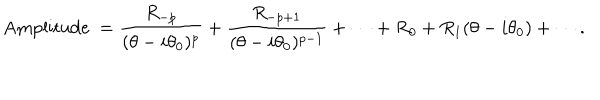
\mathrm { A m p l i t u d e ~ } = \frac { R _ { - p } } { ( \theta - i \theta _ { 0 } ) ^ { p } } + \frac { R _ { - p + 1 } } { ( \theta - i \theta _ { 0 } ) ^ { p - 1 } } + \cdots + R _ { 0 } + R _ { 1 } ( \theta - i \theta _ { 0 } ) + \cdots .